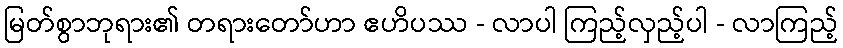
မြတ်စွာဘုရား၏ တရားတော်ဟာ ဧဟိပဿ - လာပါ ကြည့်လှည့်ပါ - လာကြည့်